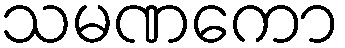
သမဏကော